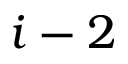
i - 2